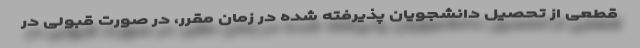
قطعی از تحصیل دانشجویان پذیرفته شده در زمان مقرر، در صورت قبولی در